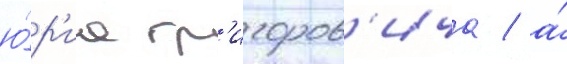
ю́р'иа гр'игоров'ича / а́